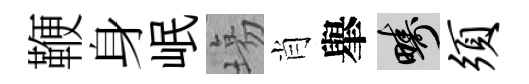
鞭身岷塲肖𦦙疇须